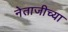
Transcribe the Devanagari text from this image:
नेताजीच्या